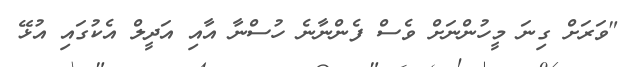
"ވަރަށް ގިނަ މީހުންނަށް ވެސް ފެންނާނެ ހުސްނާ އާއި އަދީލް އެކުގައި އުޅޭ